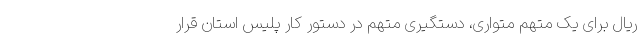
ریال برای یک متهم متواری، دستگیری متهم در دستور کار پلیس استان قرار